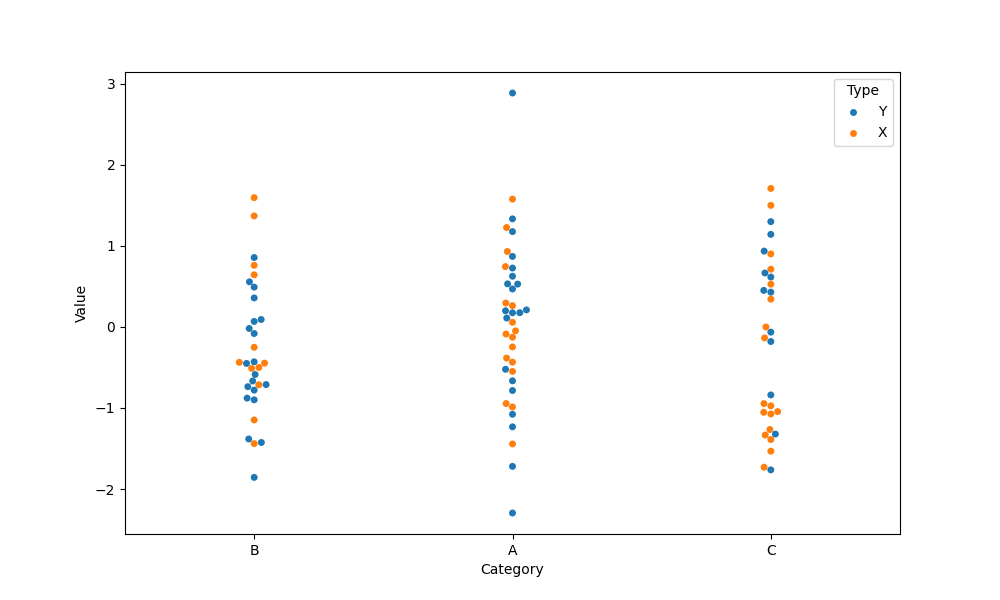
python, seaborn, swarmplot, dodge=False, alpha=1.0, size=5